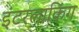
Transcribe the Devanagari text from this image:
इंटरलाकिंग